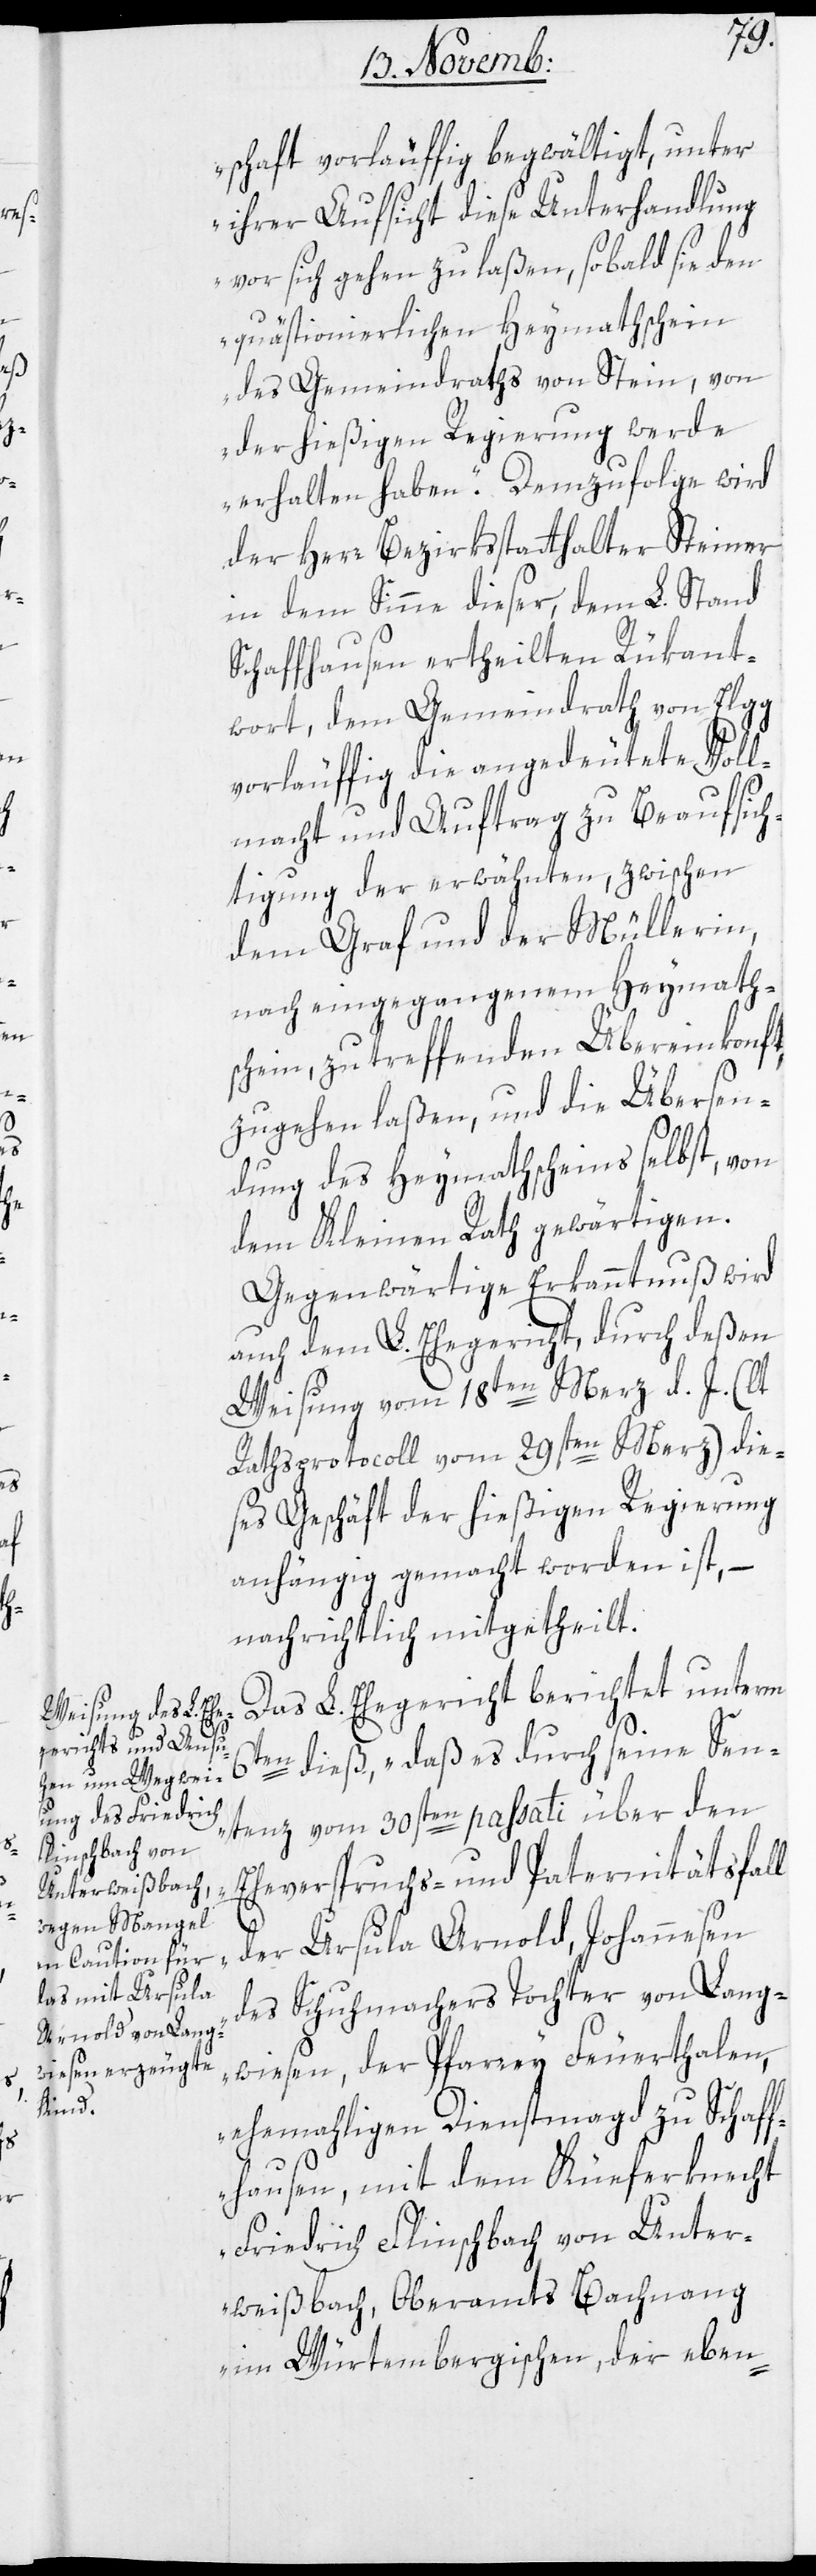
schaft vorläuffig begwältigt, unter
ihrer Aufsicht diese Unterhandlung
vor sich gehen zu laßen, sobald sie den
quästionierlichen Heymathschein
des Gemeindraths von Stein, von
der hießigen Regierung werde
erhalten haben.“ Demzufolge wird
der Herr Bezirksstatthalter Steiner
in dem Sinne dieser, dem L. Stand
Schaffhausen ertheilten Rükant¬
wort, dem Gemeindrath von Elgg
vorläufig die angedeutete Voll¬
macht und Auftrag zu Beaufsich¬
tigung der erwähnten, zwischen
dem Graf und der Müllerin,
nach eingegangenem Heymath¬
schein, zu treffenden Übereinkonft
zugehen laßen, und die Übersen¬
dung des Heymathscheins selbst, von
dem Kleinen Rath gewärtigen.
Gegenwärtige Erkanntnuß wird
auch dem L. Ehegericht, durch deßen
Weisung vom 18ten Merz d. J. (lt
Rathsprotocoll vom 29sten Merz) die¬
ses Geschäft der hießigen Regierung
anhängig gemacht worden ist, –
nachrichtlich mitgetheilt.
Das L. Ehegericht berichtet unterm
6ten dieß, „Daß es durch seine Sen¬
tenz vom 30sten passati über den
Eheverspruchs- und Paternitätsfall
der Ursula Arnold, Johannesen
des Schuhmachers Tochter von Lang¬
wiesen, der Pfarrei Feuerthalen,
ehemaligen Dienstmagd zu Schaff¬
hausen, mit dem Küeferknecht
Friedrich Flinschbach von Unter¬
weißbach, Oberamts Bachnang
im Würtembergischen, der eben-